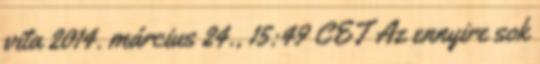
vita 2014. március 24., 15:49 CET Az ennyire sok